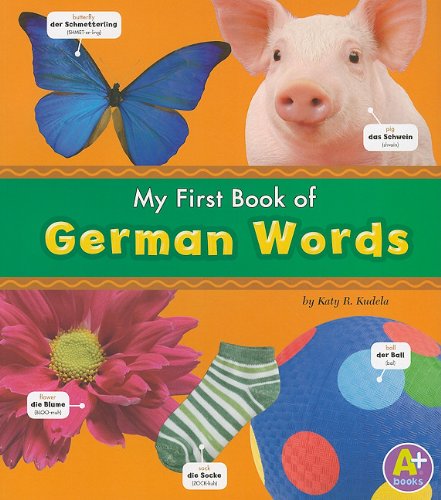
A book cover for My First Book of German Words (Bilingual Picture Dictionaries) (Multilingual Edition); Katy R. Kudela; Children's Books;